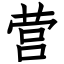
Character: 营